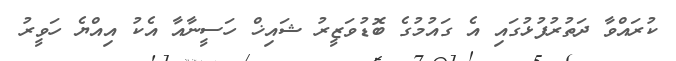
ކުރައްވާ ދަތުރުފުޅުގައި އެ ގައުމުގެ ބޮޑުުވަޒީރު ޝައިޚް ހަސީނާއާ އެކު އިއްޔެ ހަވީރު